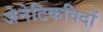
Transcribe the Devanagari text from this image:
जेनेटिकविदों